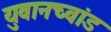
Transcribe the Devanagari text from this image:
युवानच्वांड